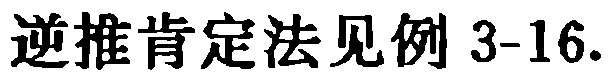
逆推肯定法见例 3-16.